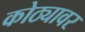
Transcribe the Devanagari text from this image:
कोठ्यावर